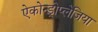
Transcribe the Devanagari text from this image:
ऐकोन्ड्रोप्लेजिया